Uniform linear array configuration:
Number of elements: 8
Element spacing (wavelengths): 1
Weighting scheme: kaiser
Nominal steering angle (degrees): -15
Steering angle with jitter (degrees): -15.055
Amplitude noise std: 0.05
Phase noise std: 0.05

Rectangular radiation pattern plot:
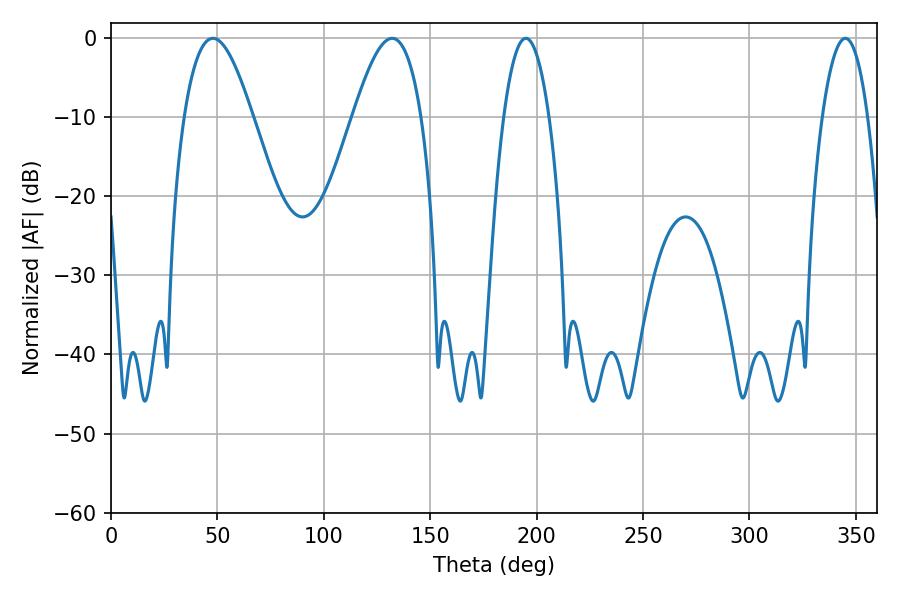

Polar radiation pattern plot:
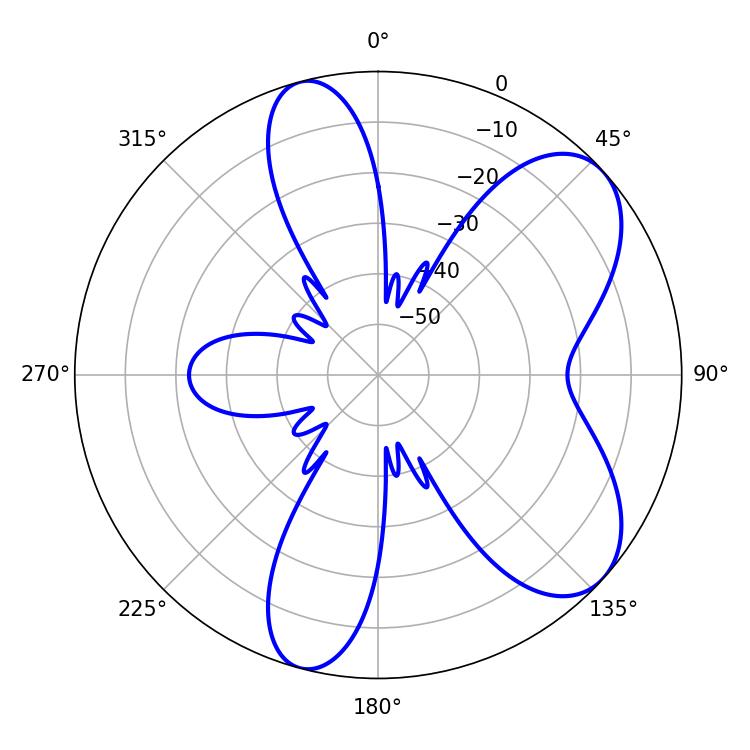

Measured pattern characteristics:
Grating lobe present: TRUE
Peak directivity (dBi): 7.14
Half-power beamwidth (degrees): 17.46
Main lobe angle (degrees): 47.88